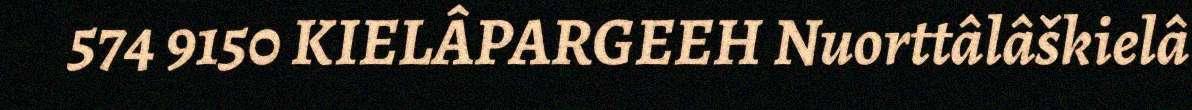
574 9150 KIELÂPARGEEH Nuorttâlâškielâ